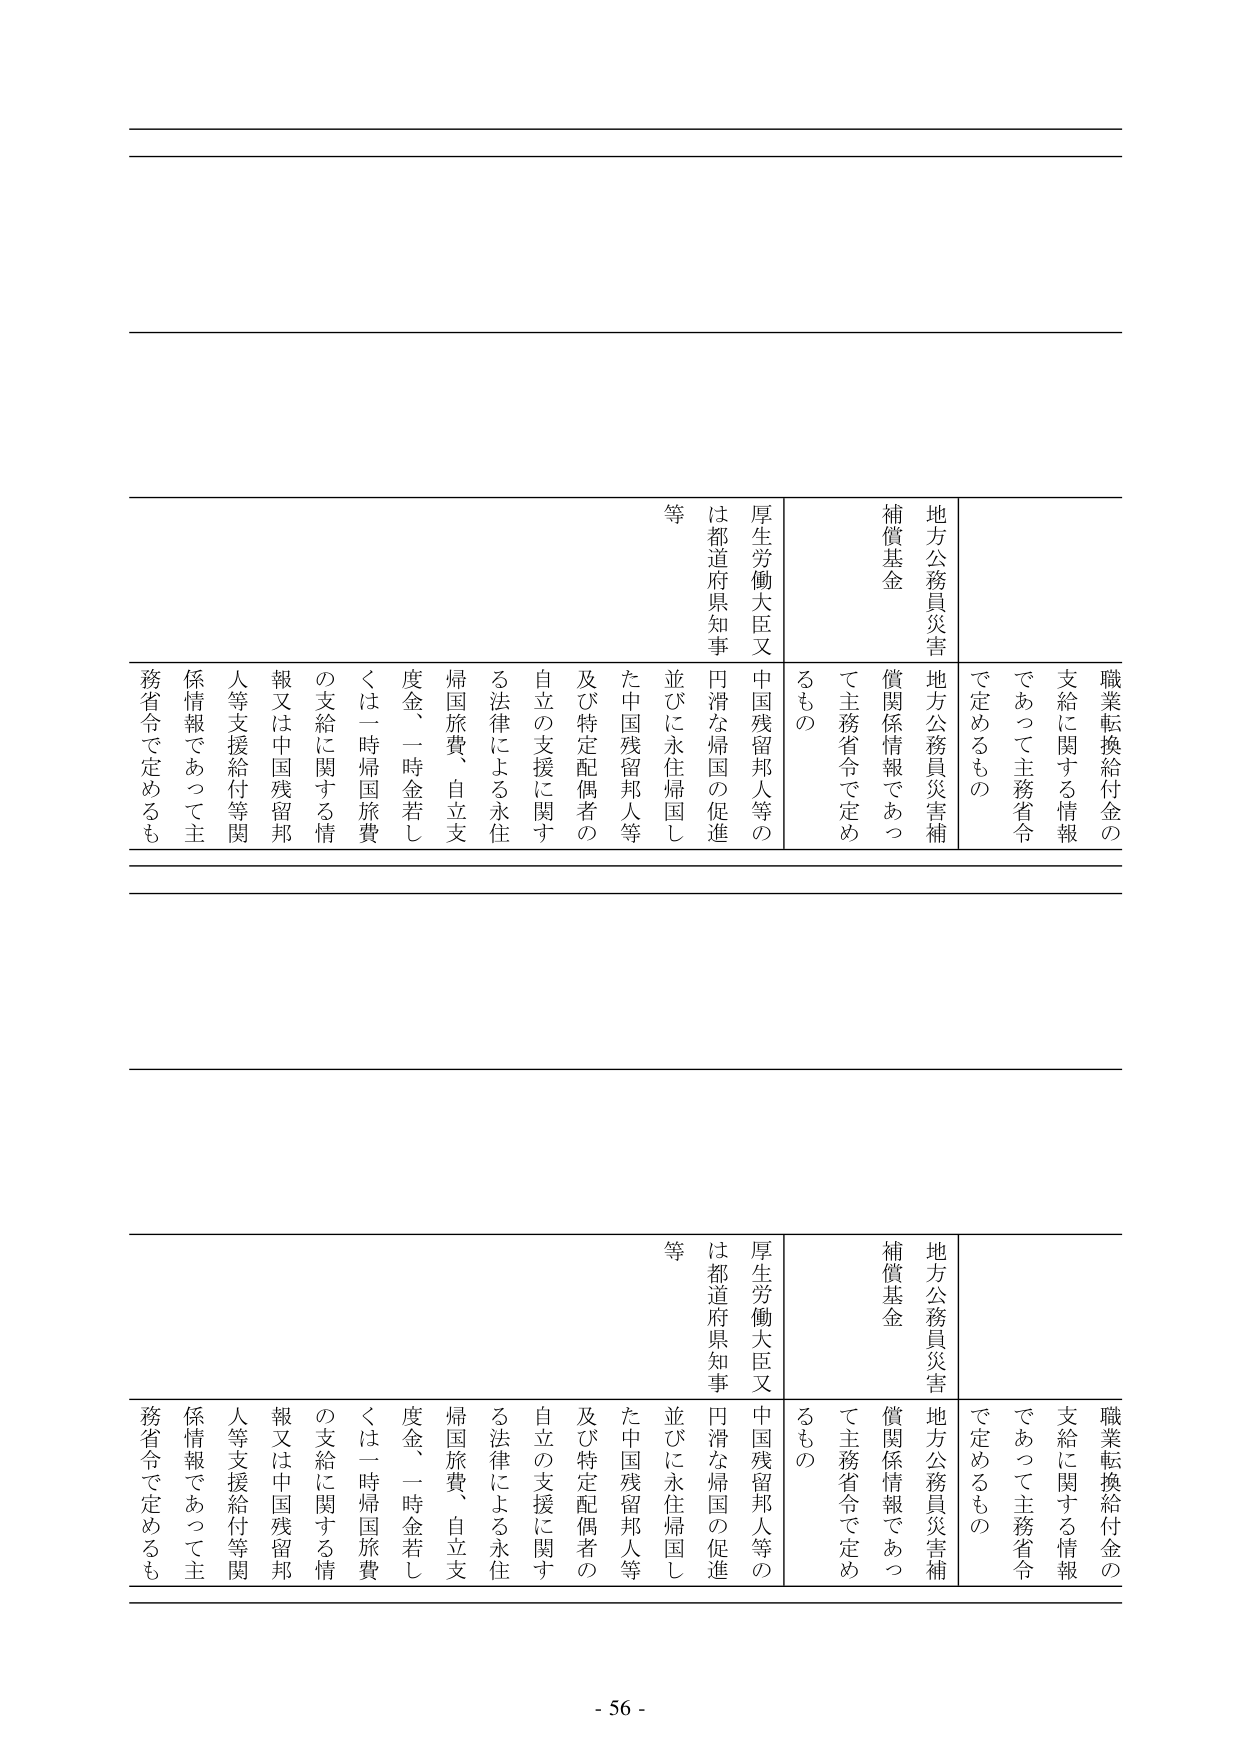
職業転換給付金の
支給に関する情報
であって主務省令
で定めるもの

地方公務員災害
補償基金
償関係情報であつ
て主務省令で定め
るもの

厚生労働大臣又
は都道府県知事
中国残留邦人等の
円滑な帰国の促進
並びに永住帰国し
た中国残留邦人等
及び特定配偶者の
自立の支援に関す
る法律による永住
帰国旅費、自立支
度金、一時金若し
くは一時帰国旅費
の支給に関する情
報又は中国残留邦
人等支援給付等関
係情報であって主
務省令で定めるも
等

職業転換給付金の
支給に関する情報
であって主務省令
で定めるもの

地方公務員災害
補償基金
償関係情報であつ
て主務省令で定め
るもの

厚生労働大臣又
は都道府県知事
中国残留邦人等の
円滑な帰国の促進
並びに永住帰国し
た中国残留邦人等
及び特定配偶者の
自立の支援に関す
る法律による永住
帰国旅費、自立支
度金、一時金若し
くは一時帰国旅費
の支給に関する情
報又は中国残留邦
人等支援給付等関
係情報であって主
務省令で定めるも
等

- 56 -